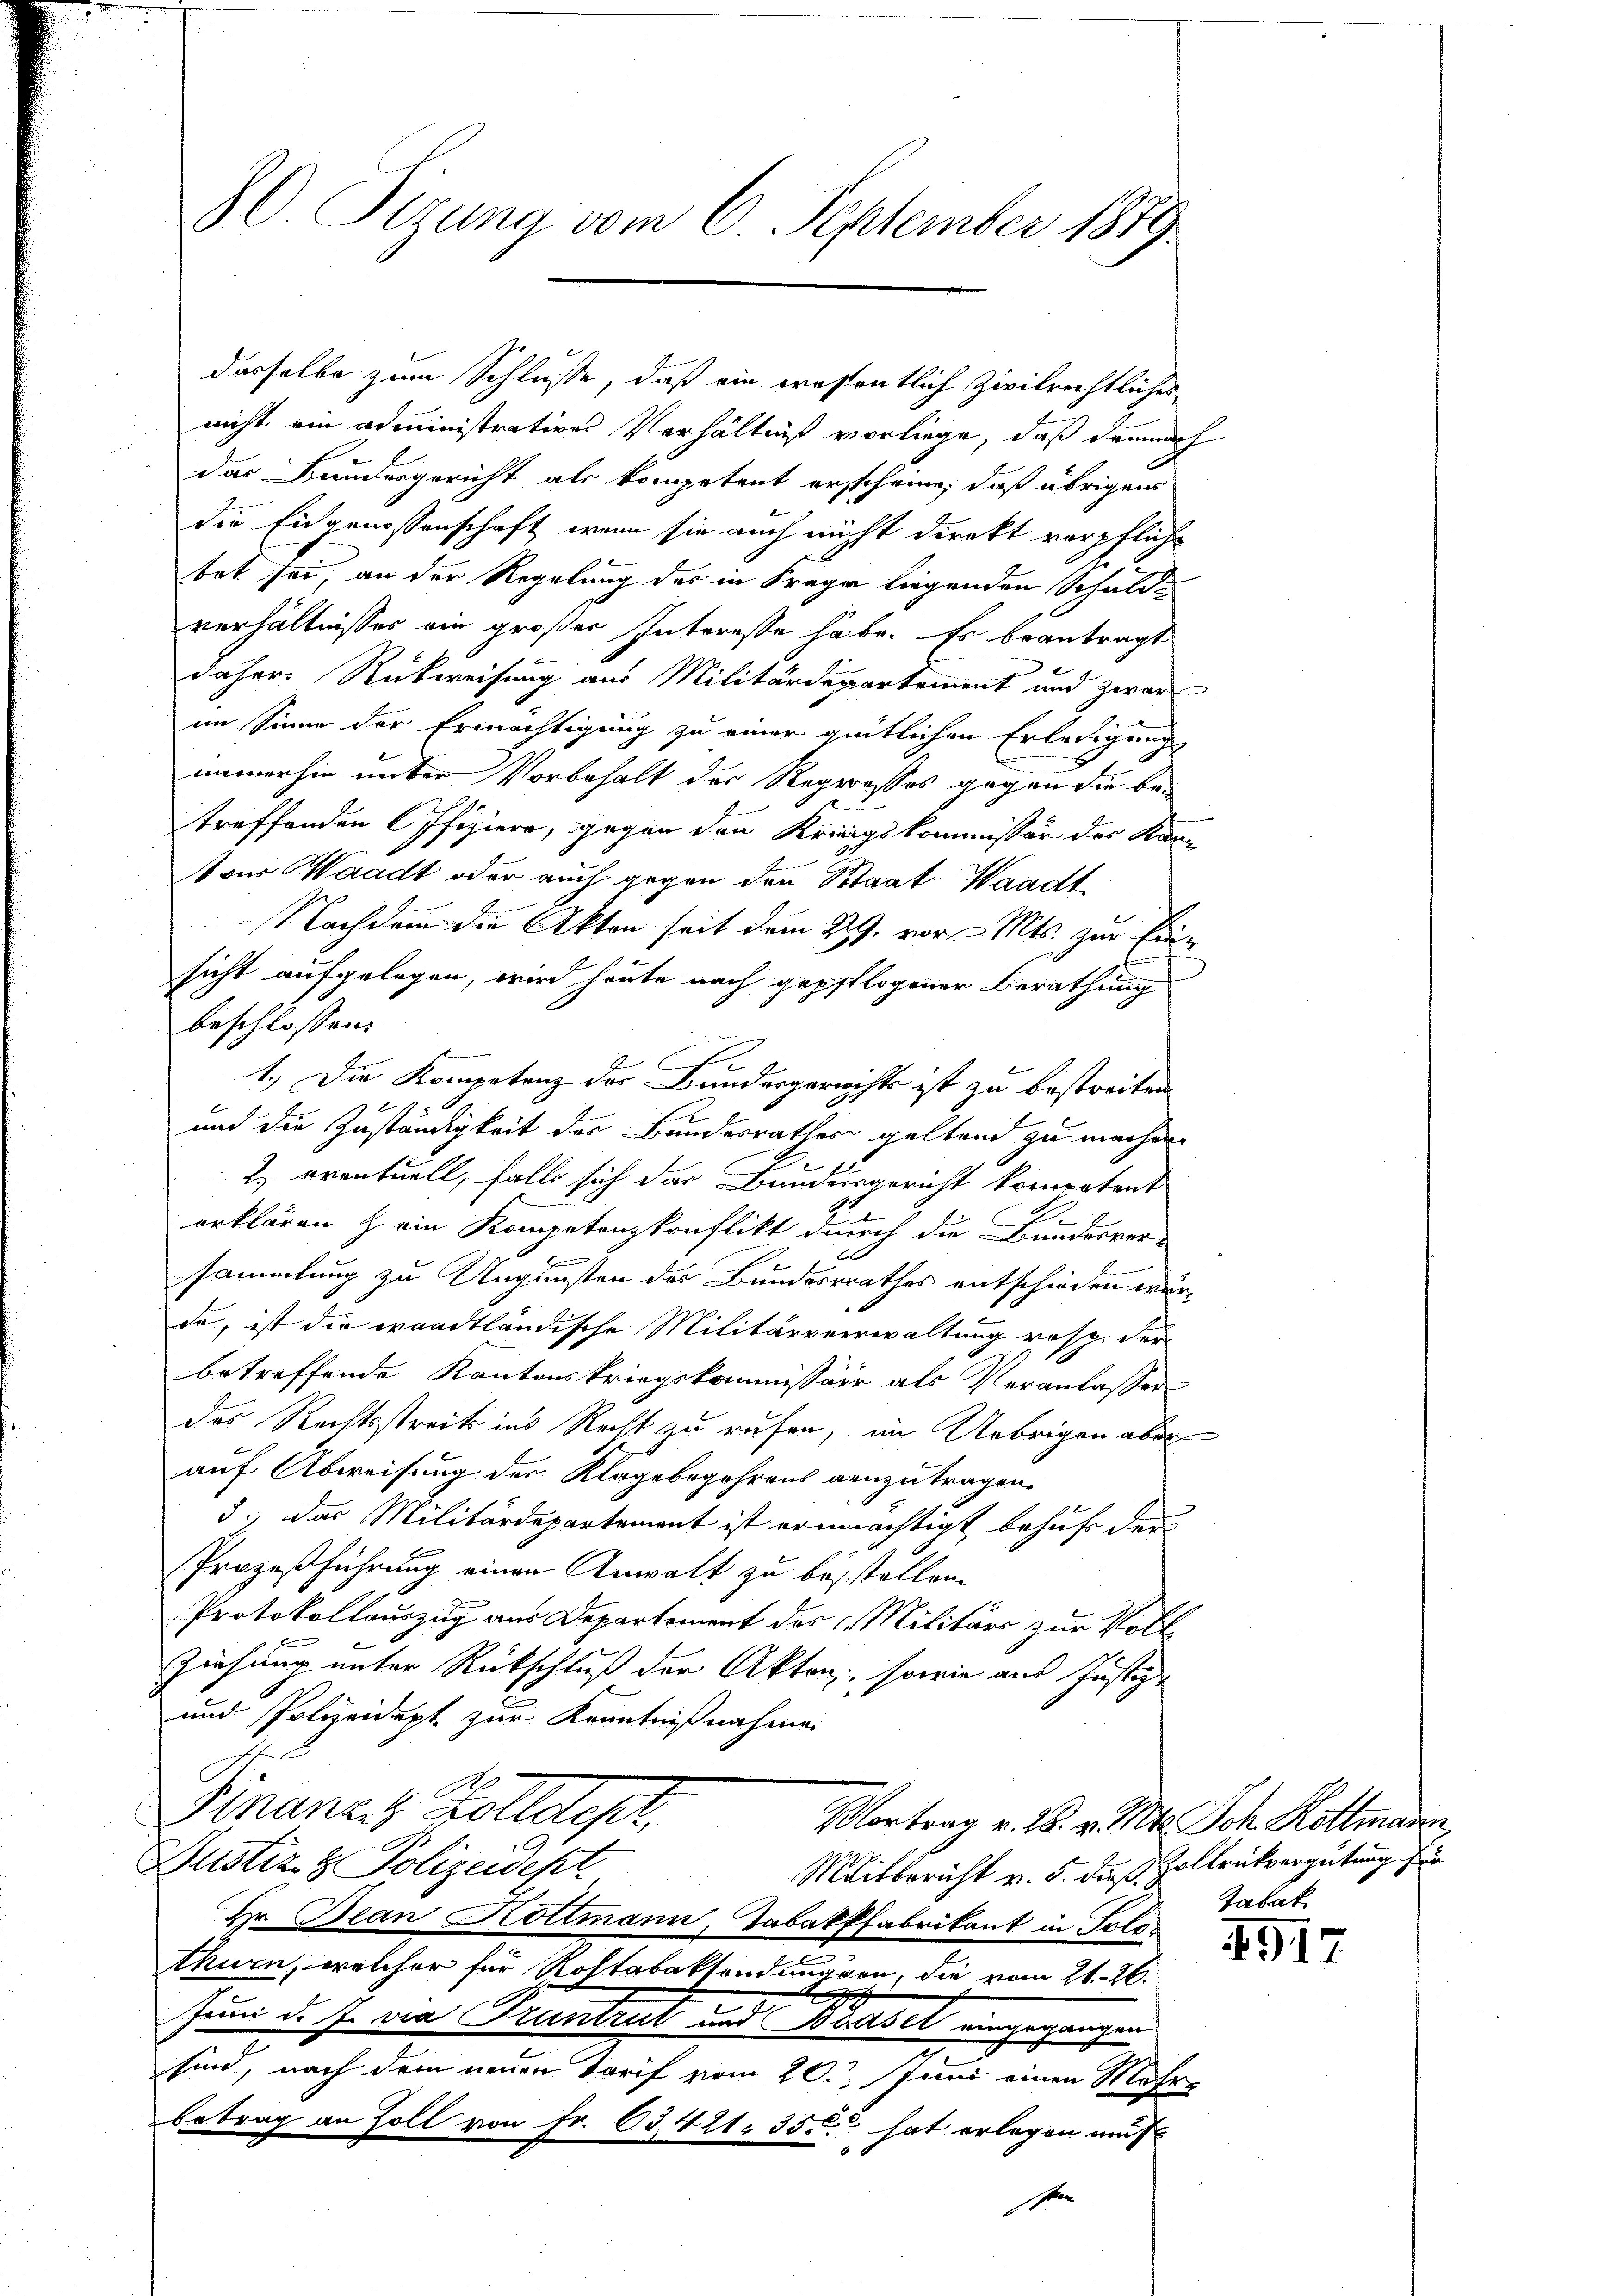
dasselbe zum Schlüsse, daß ein wesentlich zivilrechtliches
nicht ein administratives Verhältniß vorliege, daß demnach
das Bundesgericht als kompetent erscheine, daß übrigen
die Eidgenossenschaft, wenn sie auch nicht direkt verpfliche
tet sei, an der Regelung des in Frage liegenden Schulde
verhältnisses ein großer Interesse habe. Es beantragt
daher Rückweisung aus Militärdepartement und zwar
im Sinne der Ermächtigung zu einer geitlichen Erledigung
E
immerhin unter Vorbehalt der Regresses gegen die betreffenden Offiziere, gegen den Kriegskommissär der Kan-
ton Waadt oder auch gegen den Staat Waadt
Nachdem die Akten seit dem 22. vor. Mts. zur Einr
sicht aufgelegen, wird heute nach gepflogener Berathung
beschlossen:
2
1.) Die Kompetenz des Bundesgerichts ist zu bestreiten.
und die Zuständigkeit des Bundesrather geltend zu machen
2.) eventuell, falls sich des Bundesgericht kompetent
erklären & ein Kompetenzkonflikt durch die Bundesver-
n
sammlung zu Ungünsten des Bundesrathes entschieden würde, ist die waadtländische Militärverwaltung resp. Fer
betreffende Kantonskriegskommissärr als Veranlasser
des Rechtsstreits ins Recht zu rufen, im Uebrigen aber
auf Abweisung der Klage begehrens anzutragen.
3.) Das Militärdepartement ist ermächtigt behuf der
Prozeßführung einen Anwalt zu besstellen.
Protokollauszug aus Departement des Militärs zur Voll
Ziehung unter Rückschluß der Akten, sowie aus Justiz-
und Polizeidept zur Kenntnißnahmen
Finanze Zolldepr
Mortrag v. 28. v. Mt. Joh. Kottmann,
Justiz & Polizeidept.
Mitbericht v. 5. dieß Zollrückvergütung zu
Hr. Jean Koltmann, Tabakffabrikant in Polithurn, welcher für Rohtabaksendungen, die vom 21. 26.
Juni d. J. der Kenntent und Basel eingegangen.
sind, nach dem neuen Tarif vom 20. Juni einen Mehr-
betrag an Zoll von Fr. 63421. 35 hat erlegen muß

80. Sizung vom 6. September 1879

sein

Tabak

1917